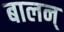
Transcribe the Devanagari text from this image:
बालन्